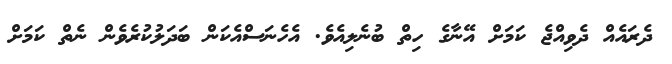
ދެރައެއް ދެވިއްޖެ ކަމަށް އޭނާގެ ހިތް ބުނެލިއެވެ. އެހެނަސްއެކަން ބަދަލުކުރެވެން ނެތް ކަމަށް